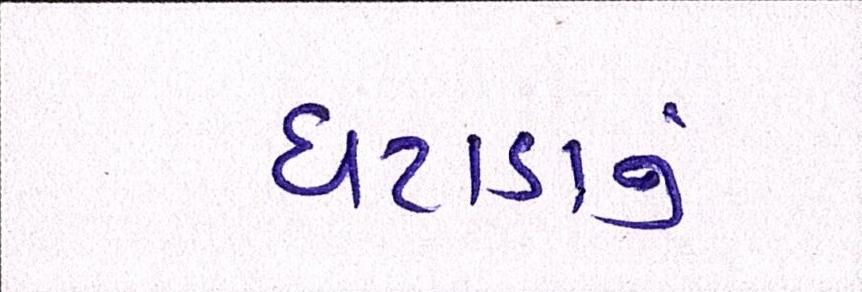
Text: ઘટાડાનું